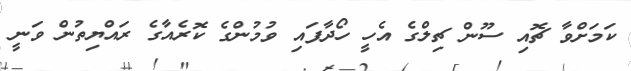
ކަމަށްވާ ޗޮއި ސޫން ޗިލްގެ އެހީ ހޯދާފައި ވުމުންގެ ކޮރެއާގެ ރައްޔިތުން ވަނީ